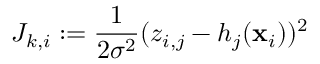
J _ { k , i } : = \frac { 1 } { 2 \sigma ^ { 2 } } ( z _ { i , j } - h _ { j } ( \mathbf { x } _ { i } ) ) ^ { 2 }